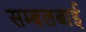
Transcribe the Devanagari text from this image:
सम्बलबाई